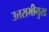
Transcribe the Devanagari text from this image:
उत्तराभीमुख